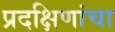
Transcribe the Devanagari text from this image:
प्रदक्षिणांचा